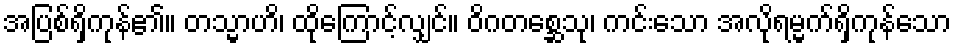
အပြစ်ရှိကုန်၏။ တသ္မာဟိ၊ ထိုကြောင့်လျှင်။ ဝိဂတစ္ဆေသု၊ ကင်းသော အလိုရမ္မက်ရှိကုန်သော